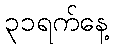
၃၁ရက်နေ့